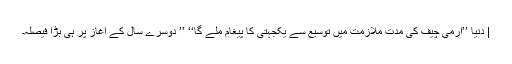
| دنیا ’’آرمی چیف کی مدت ملازمت میں توسیع سے یکجہتی کا پیغام ملے گا‘‘ ’’ دوسرے سال کے آغاز پر ہی بڑا فیصلہ۔